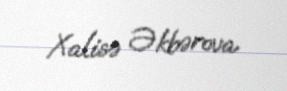
Xalisə Əkbərova